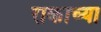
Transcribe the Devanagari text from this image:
राकाच्या